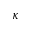
\kappa